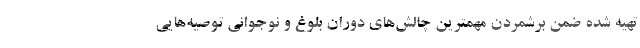
تهیه شده ضمن برشمردن مهمترین چالش‌های دوران بلوغ و نوجوانی توصیه‌هایی